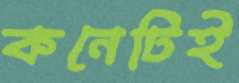
কনেটিই